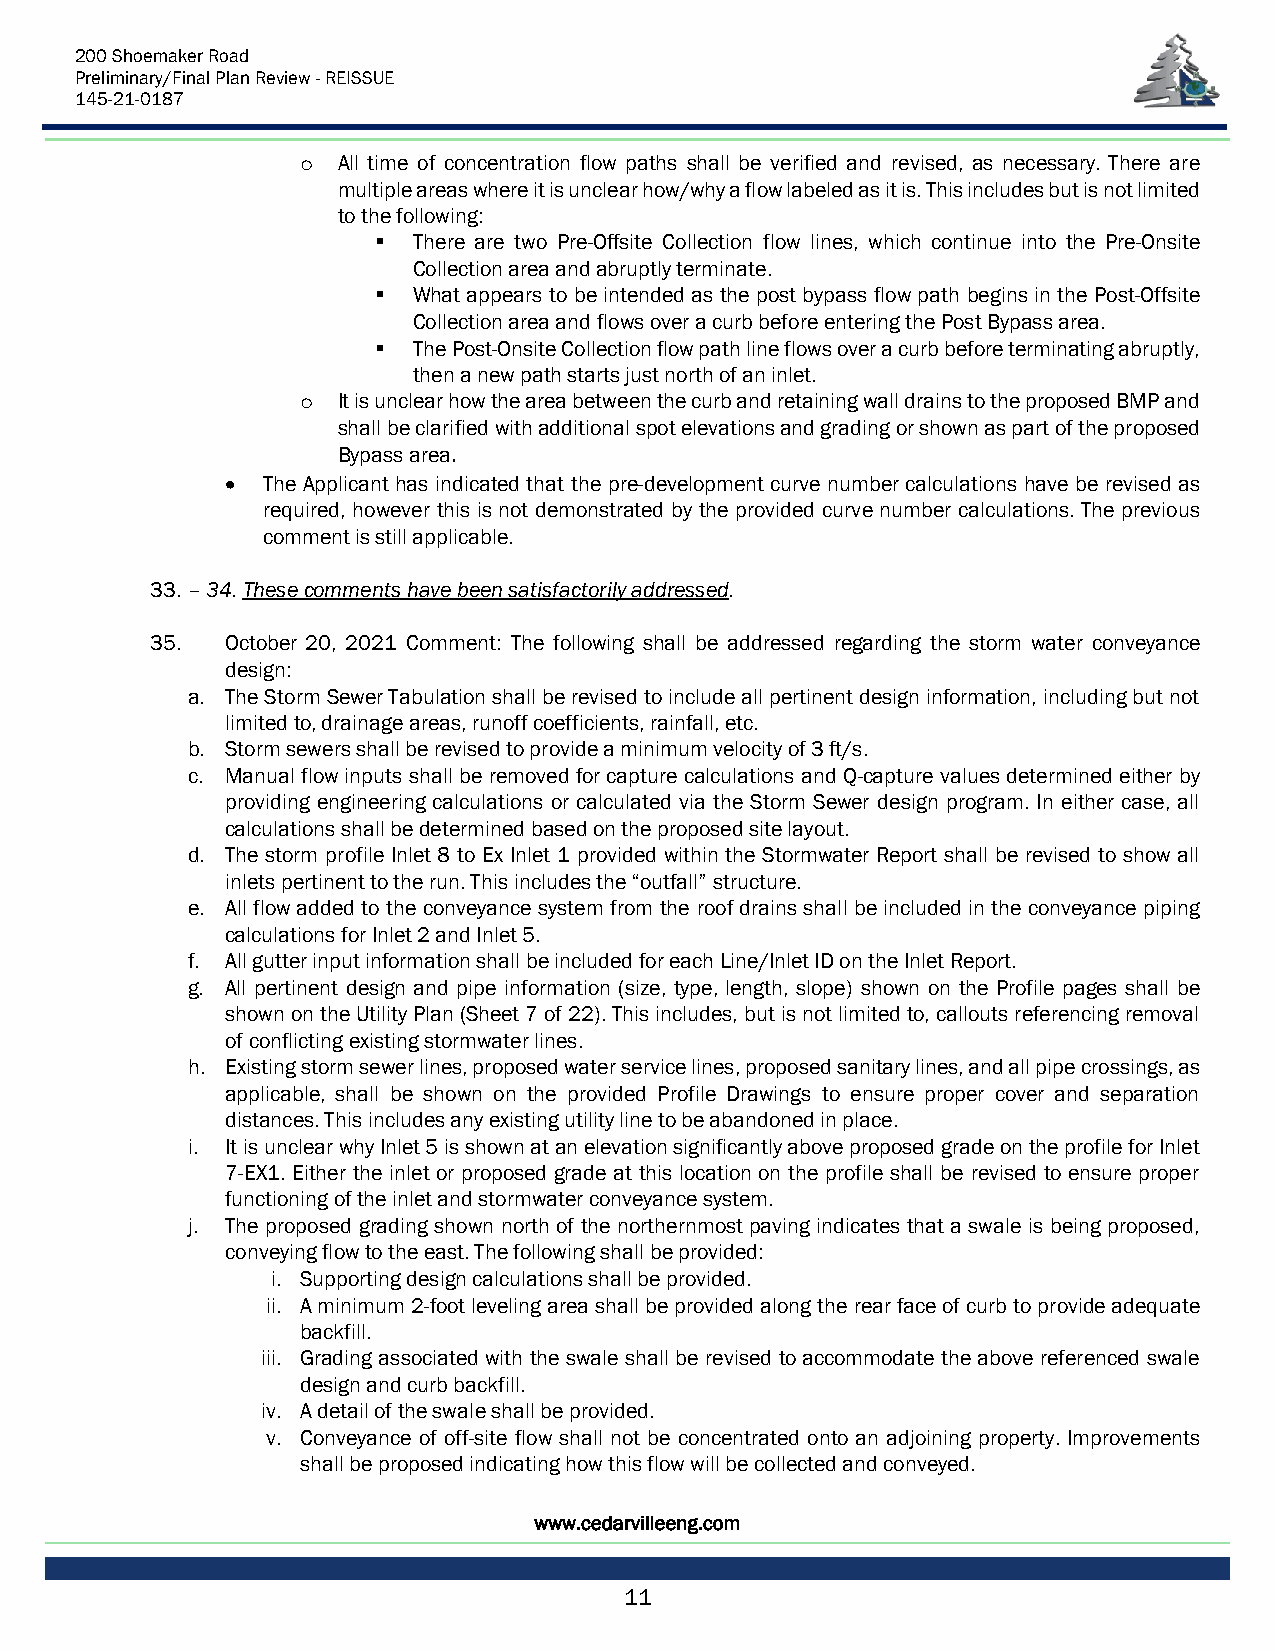
200 Shoemaker Road
 Preliminary/Final Plan Review - REISSUE
 145-21-0187
 o All time of concentration flow paths shall be verified and revised, as necessary. There are
 multiple areas where it is unclear how/why a flow labeled as it is. This includes but is not limited
 to the following:
 ▪ There are two Pre-Offsite Collection flow lines, which continue into the Pre-Onsite
 Collection area and abruptly terminate.
 ▪ What appears to be intended as the post bypass flow path begins in the Post-Offsite
 Collection area and flows over a curb before entering the Post Bypass area.
 ▪ The Post-Onsite Collection flow path line flows over a curb before terminating abruptly,
 then a new path starts just north of an inlet.
 o It is unclear how the area between the curb and retaining wall drains to the proposed BMP and
 shall be clarified with additional spot elevations and grading or shown as part of the proposed
 Bypass area.
 • The Applicant has indicated that the pre-development curve number calculations have be revised as
 required, however this is not demonstrated by the provided curve number calculations. The previous
 comment is still applicable.
 33. – 34. These comments have been satisfactorily addressed.
 35.  October 20, 2021 Comment: The following shall be addressed regarding the storm water conveyance
 design:
 a. The Storm Sewer Tabulation shall be revised to include all pertinent design information, including but not
 limited to, drainage areas, runoff coefficients, rainfall, etc.
 b. Storm sewers shall be revised to provide a minimum velocity of 3 ft/s.
 c. Manual flow inputs shall be removed for capture calculations and Q-capture values determined either by
 providing engineering calculations or calculated via the Storm Sewer design program. In either case, all
 calculations shall be determined based on the proposed site layout.
 d. The storm profile Inlet 8 to Ex Inlet 1 provided within the Stormwater Report shall be revised to show all
 inlets pertinent to the run. This includes the “outfall” structure.
 e. All flow added to the conveyance system from the roof drains shall be included in the conveyance piping
 calculations for Inlet 2 and Inlet 5.
 f. All gutter input information shall be included for each Line/Inlet ID on the Inlet Report.
 g. All pertinent design and pipe information (size, type, length, slope) shown on the Profile pages shall be
 shown on the Utility Plan (Sheet 7 of 22). This includes, but is not limited to, callouts referencing removal
 of conflicting existing stormwater lines.
 h. Existing storm sewer lines, proposed water service lines, proposed sanitary lines, and all pipe crossings, as
 applicable, shall be shown on the provided Profile Drawings to ensure proper cover and separation
 distances. This includes any existing utility line to be abandoned in place.
 i. It is unclear why Inlet 5 is shown at an elevation significantly above proposed grade on the profile for Inlet
 7-EX1. Either the inlet or proposed grade at this location on the profile shall be revised to ensure proper
 functioning of the inlet and stormwater conveyance system.
 j. The proposed grading shown north of the northernmost paving indicates that a swale is being proposed,
 conveying flow to the east. The following shall be provided:
 i. Supporting design calculations shall be provided.
 ii. A minimum 2-foot leveling area shall be provided along the rear face of curb to provide adequate
 backfill.
 iii. Grading associated with the swale shall be revised to accommodate the above referenced swale
 design and curb backfill.
 iv. A detail of the swale shall be provided.
 v. Conveyance of off-site flow shall not be concentrated onto an adjoining property. Improvements
 shall be proposed indicating how this flow will be collected and conveyed.
 www.cedarvilleeng.com
 11